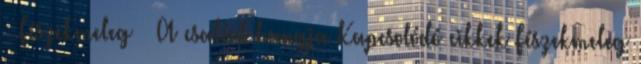
– Fészekmeleg – A család hangja Kapcsolódó cikkek Fészekmeleg